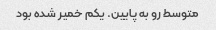
متوسط رو به پایین. یکم خمیر شده بود